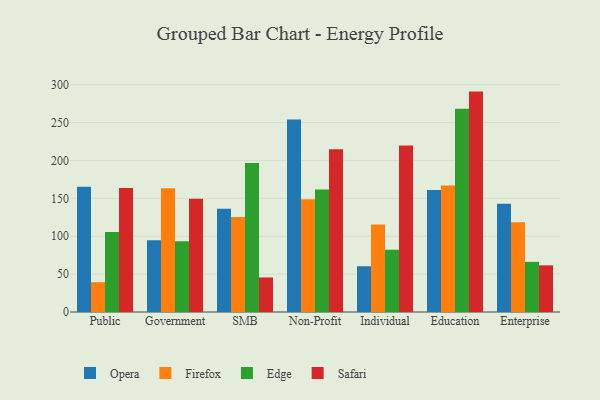
{"axis": {"x": "Segment", "y": "Customer Acquisition Cost (USD)"}, "legend": ["Edge", "Firefox", "Opera", "Safari"], "data": [{"x": "Public", "y": 165.2, "type": "Opera"}, {"x": "Public", "y": 39.3, "type": "Firefox"}, {"x": "Public", "y": 105.5, "type": "Edge"}, {"x": "Public", "y": 163.6, "type": "Safari"}, {"x": "Government", "y": 94.6, "type": "Opera"}, {"x": "Government", "y": 163.4, "type": "Firefox"}, {"x": "Government", "y": 93.3, "type": "Edge"}, {"x": "Government", "y": 149.4, "type": "Safari"}, {"x": "SMB", "y": 136.3, "type": "Opera"}, {"x": "SMB", "y": 125.5, "type": "Firefox"}, {"x": "SMB", "y": 196.7, "type": "Edge"}, {"x": "SMB", "y": 45.6, "type": "Safari"}, {"x": "Non-Profit", "y": 254.1, "type": "Opera"}, {"x": "Non-Profit", "y": 148.7, "type": "Firefox"}, {"x": "Non-Profit", "y": 161.8, "type": "Edge"}, {"x": "Non-Profit", "y": 214.9, "type": "Safari"}, {"x": "Individual", "y": 60.4, "type": "Opera"}, {"x": "Individual", "y": 115.4, "type": "Firefox"}, {"x": "Individual", "y": 82.2, "type": "Edge"}, {"x": "Individual", "y": 219.6, "type": "Safari"}, {"x": "Education", "y": 161.1, "type": "Opera"}, {"x": "Education", "y": 166.9, "type": "Firefox"}, {"x": "Education", "y": 268.3, "type": "Edge"}, {"x": "Education", "y": 290.9, "type": "Safari"}, {"x": "Enterprise", "y": 142.8, "type": "Opera"}, {"x": "Enterprise", "y": 118.6, "type": "Firefox"}, {"x": "Enterprise", "y": 66.2, "type": "Edge"}, {"x": "Enterprise", "y": 61.6, "type": "Safari"}]}